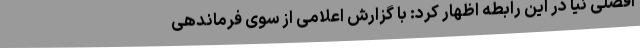
افضلی نیا در این رابطه اظهار کرد: با گزارش اعلامی از سوی فرماندهی